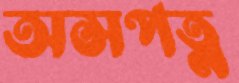
অসপত্ন